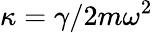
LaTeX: \kappa=\gamma/2m\omega^{2}